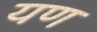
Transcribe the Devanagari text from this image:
यण